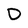
Character: D